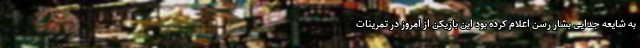
به شایعه جدایی بشار رسن اعلام کرده بود این بازیکن از امروز در تمرینات